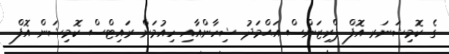
ގެ ކޮމިޝަނަރ އޮފް ޕްރިޒަންސް އަޙްމަދު ޝިހާންއާއި ހިއުމަން ރައިޓްސް ކޮމިޝަން އޮފް